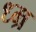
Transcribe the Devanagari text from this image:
ध्म्र